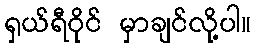
ရှယ်ရီဝိုင် မှာချင်လို့ပါ။